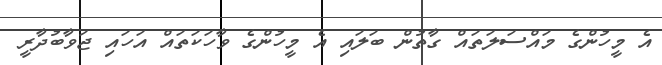
އެ މީހުންގެ މައްސަލަތައް ގާތުން ބަލައި އެ މީހުންގެ ވާހަކަތައް އަހައި ޖަވާބުދާރީ